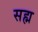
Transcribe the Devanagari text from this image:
सह्म